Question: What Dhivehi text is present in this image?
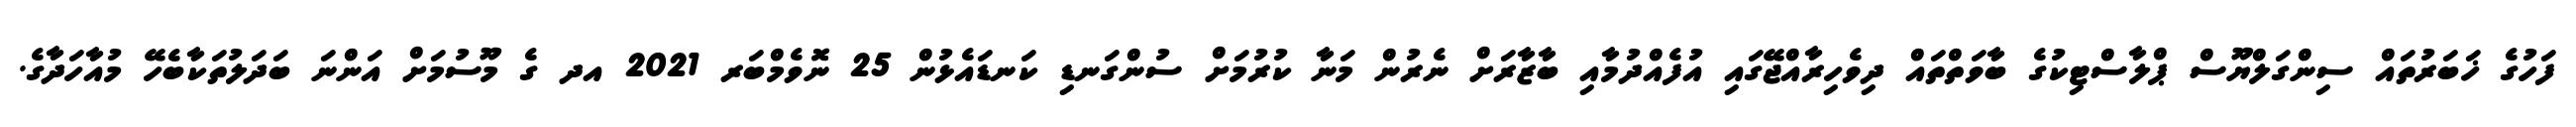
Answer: ފަހުގެ ޚަބަރުތައް ސިންގަލްޔޫސް ޕްލާސްޓިކުގެ ބާވަތްތައް ދިވެހިރާއްޖޭގައި އުފެއްދުމާއި ބާޒާރަށް ނެރުން މަނާ ކުރުމަށް ސުންގަނޑި ކަނޑައެޅުން 25 ނޮވެމްބަރ 2021 އދ ގެ މޫސުމަށް އަންނަ ބަދަލުތަކާބެހޭ މުއާހަދާގެ.